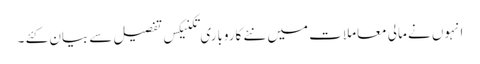
انہوں نے مالی معاملات میں نئے کاروباری تکنیکس تفصیل سے بیان کئے ۔